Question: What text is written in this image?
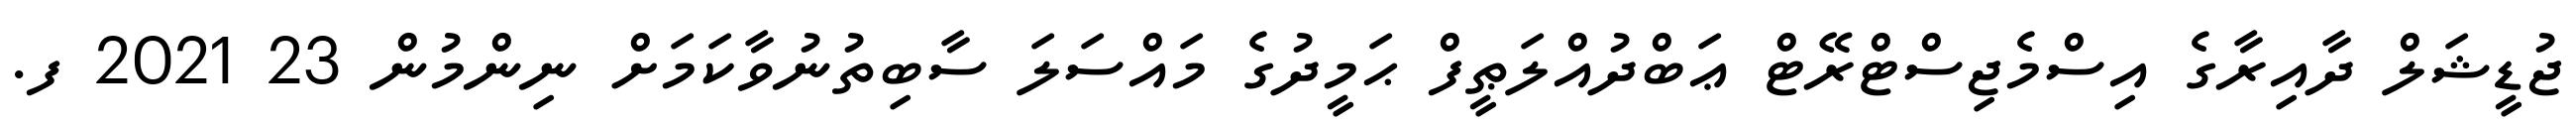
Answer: ޖުޑީޝަލް ދާއިރާގެ އިސްމެޖިސްޓްރޭޓް ޢަބްދުއްލަޠީފް ޙަމީދުގެ މައްސަލަ ސާބިތުނުވާކަމަށް ނިންމުން 23 2021 ފ.